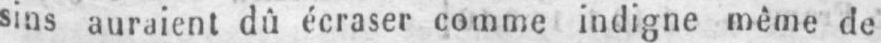
sins auraient dû écraser comme indigne même do